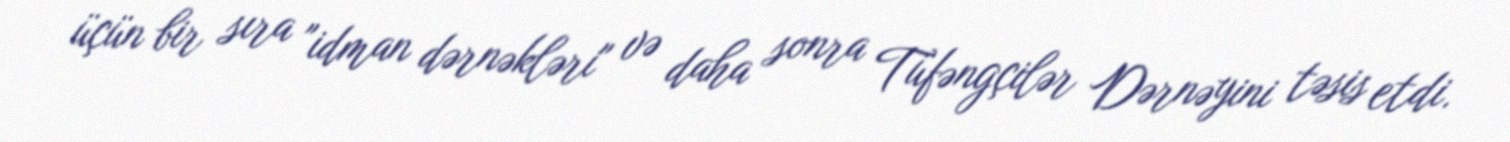
üçün bir sıra "idman dərnəkləri" və daha sonra Tüfəngçilər Dərnəyini təsis etdi.